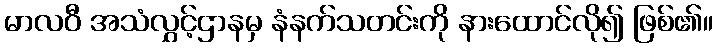
မာလဝီ အသံလွှင့်ဌာနမှ နံနက်သတင်းကို နားထောင်လို၍ ဖြစ်၏။